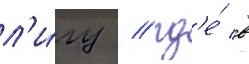
л'и́гу / гд'е́ в